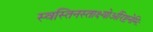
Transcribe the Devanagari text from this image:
स्वस्तिनस्ताक्ष्योर्अरिष्टनेमिः